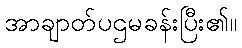
အာချာတ်ပဌမခန်းပြီး၏။